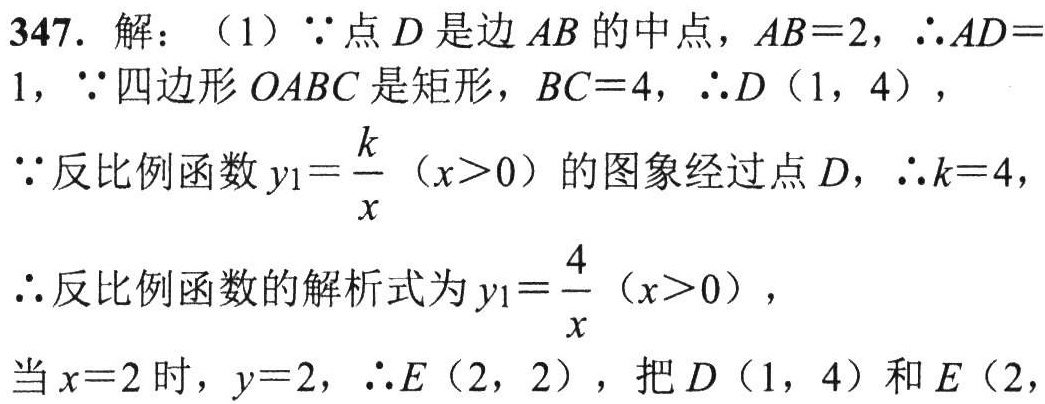
347. 解：（1）$\because$点$D$是边$AB$的中点，$AB = 2$，$\therefore AD = 1$，$\because$四边形$OABC$是矩形，$BC = 4$，$\therefore D(1,4)$，
$\because$反比例函数$y_{1}=\dfrac{k}{x}(x > 0)$的图象经过点$D$，$\therefore k = 4$，
$\therefore$反比例函数的解析式为$y_{1}=\dfrac{4}{x}(x > 0)$，
当$x = 2$时，$y = 2$，$\therefore E(2,2)$，把$D(1,4)$和$E(2,$